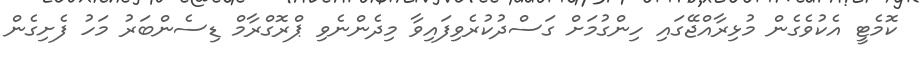
ކޮމެޓީ އެކުވެގެން މުޅިރާއްޖޭގައި ހިންގުމަށް ގަސްދުކުރެވިފައިވާ މިދެންނެވި ޕްރޮގްރާމް ޑިސެންބަރު މަހު ފެށިގެން